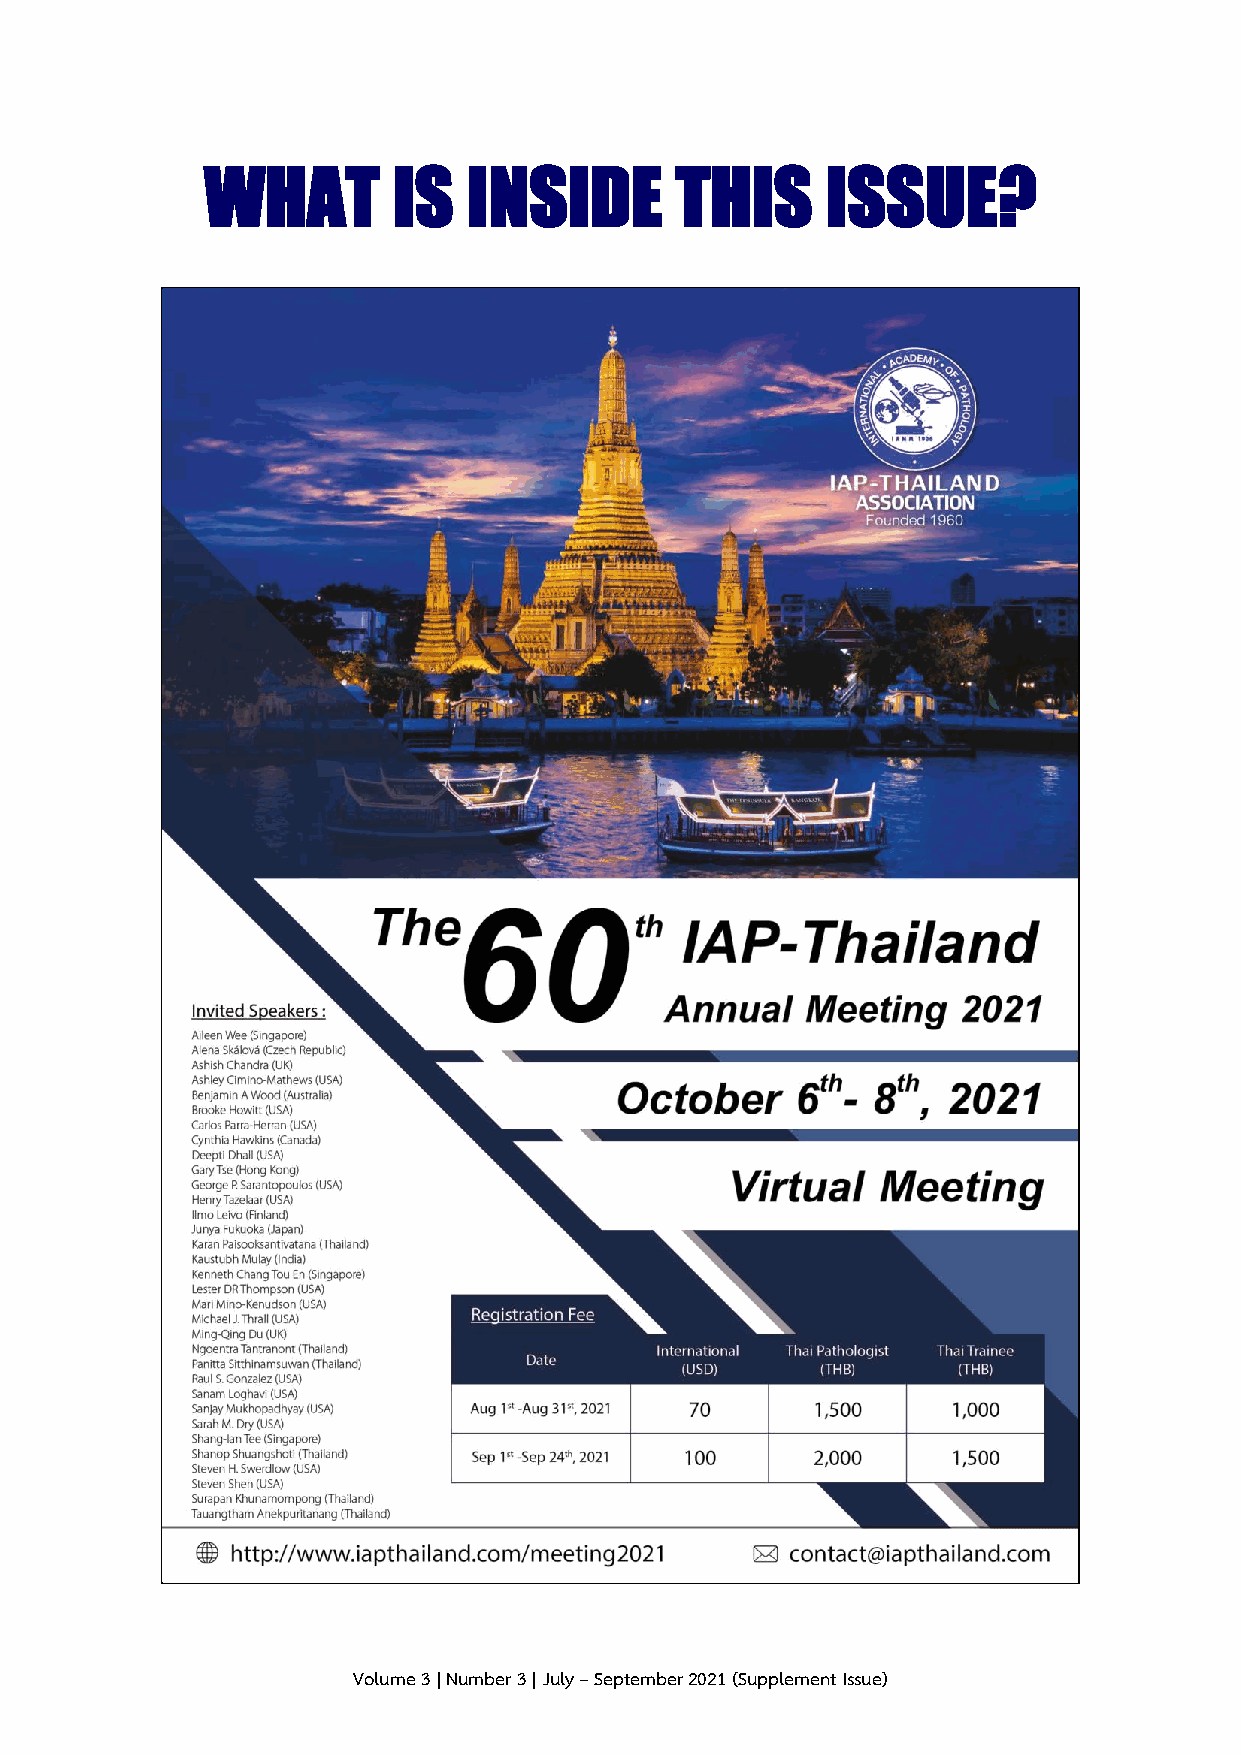
WHAT        IS   INSIDE        THIS      ISSUE?
 Volume 3 | Number 3 | July – September 2021 (Supplement Issue)